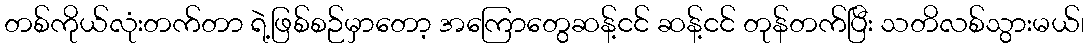
တစ်ကိုယ်လုံးတက်တာ ရဲ့ဖြစ်စဉ်မှာတော့ အကြောတွေဆန့်ငင် ဆန့်ငင် တုန်တက်ပြီး သတိလစ်သွားမယ်၊